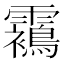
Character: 𩆳